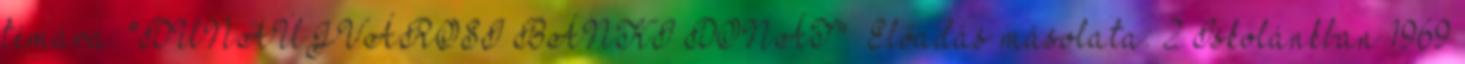
témára: "DUNAÚJVÁROSI BÁNKI DONÁT"— Előadás másolata: 2 Iskolánkban 1969